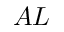
A L